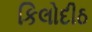
કિલોદીઠ